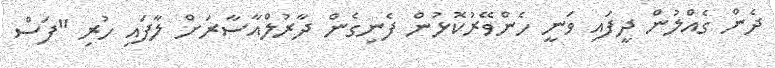
ދެން ގެއްލުން ދީފައި ވަނީ ހެންވޭރުކޮޅުން ފެނިގެން ދާރުލްއާސާރަށް ލާފައި ހުރި "ފަސް